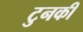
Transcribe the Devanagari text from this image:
टुनकी